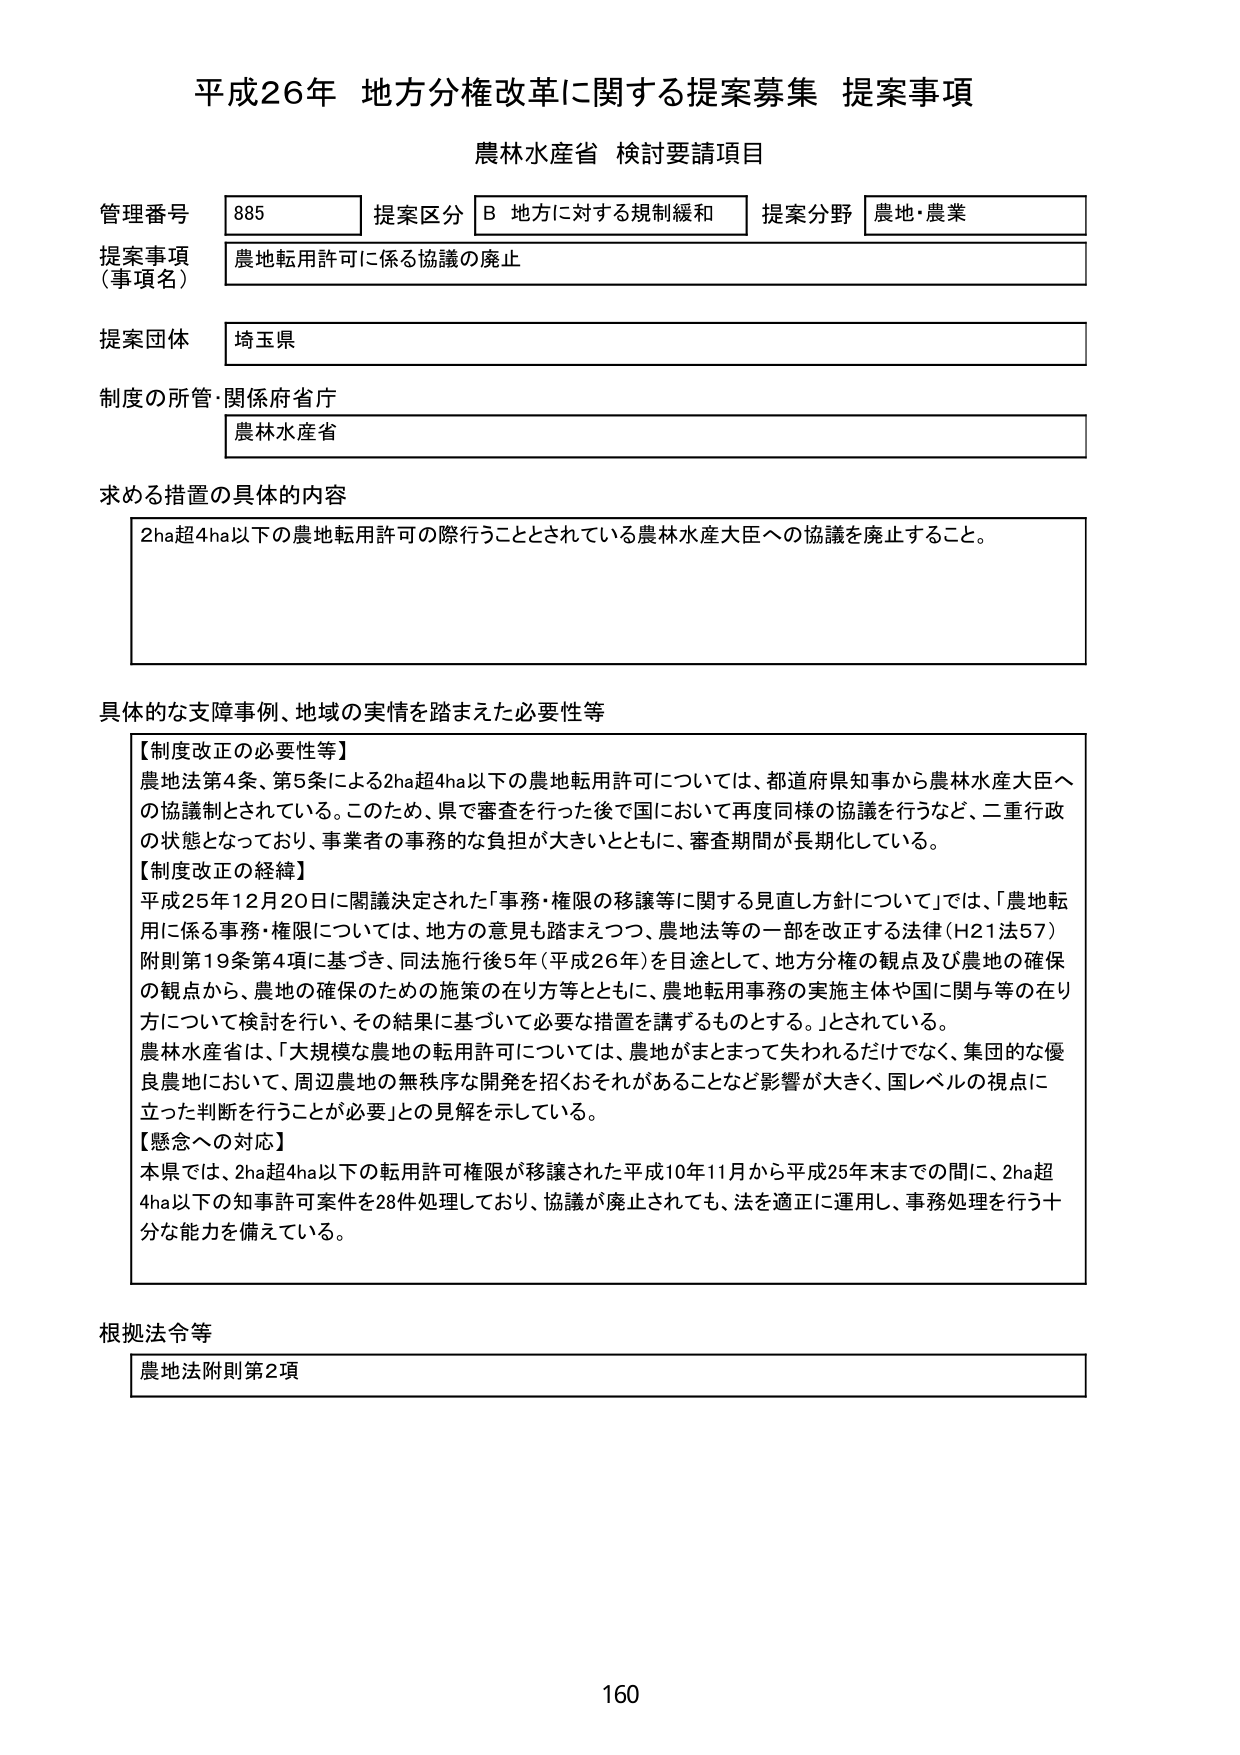
平成26年 地方分権改革に関する提案募集 提案事項
農林水産省 検討要請項目

管理番号 885 提案区分 B 地方に対する規制緩和 提案分野 農地・農業
提案事項（事項名） 農地転用許可に係る協議の廃止
提案団体 埼玉県
制度の所管・関係府省庁 農林水産省

求める措置の具体的内容
2ha超4ha以下の農地転用許可の際行うこととされている農林水産大臣への協議を廃止すること。

具体的な支障事例、地域の実情を踏まえた必要性等
【制度改正の必要性等】
農地法第4条、第5条による2ha超4ha以下の農地転用許可については、都道府県知事から農林水産大臣への協議制とされている。このため、県で審査を行った後で国において再度同様の協議を行うなど、二重行政の状態となっており、事業者の事務的な負担が大きいとともに、審査期間が長期化している。
【制度改正の経緯】
平成25年12月20日に閣議決定された「事務・権限の移譲等に関する見直し方針について」では、「農地転用に係る事務・権限については、地方の意見も踏まえつつ、農地法等の一部を改正する法律（H21法57）附則第19条第4項に基づき、同法施行後5年（平成26年）を目途として、地方分権の観点及び農地の確保の観点から、農地の確保のための施策の在り方等とともに、農地転用事務の実施主体や国に関与等の在り方について検討を行い、その結果に基づいて必要な措置を講ずるものとする。」とされている。
農林水産省は、「大規模な農地の転用許可については、農地がまとまって失われるだけでなく、集団的な優良農地において、周辺農地の無秩序な開発を招くおそれがあることなど影響が大きく、国レベルの視点に立った判断を行うことが必要」との見解を示している。
【懸念への対応】
本県では、2ha超4ha以下の転用許可権限が移譲された平成10年11月から平成25年末までの間に、2ha超4ha以下の知事許可案件を28件処理しており、協議が廃止されても、法を適正に運用し、事務処理を行う十分な能力を備えている。

根拠法令等
農地法附則第2項

160